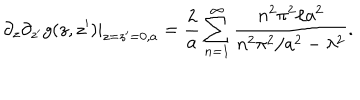
LaTeX: \partial _ { z } \partial _ { z ^ { \prime } } g ( z , z ^ { \prime } ) | _ { z = z ^ { \prime } = 0 , a } = { \frac { 2 } { a } } \sum _ { n = 1 } ^ { \infty } { \frac { n ^ { 2 } \pi ^ { 2 } / a ^ { 2 } } { n ^ { 2 } \pi ^ { 2 } / a ^ { 2 } - \lambda ^ { 2 } } } .